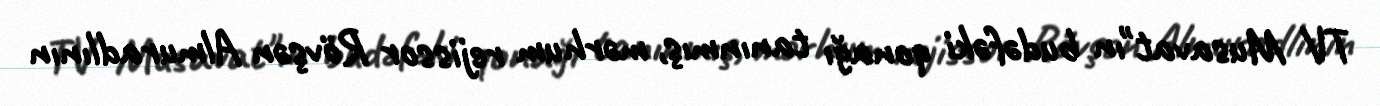
TV Musavat"ın budəfəki qonağı tanınmış, mərhum rejissor Rövşən Almuradlının